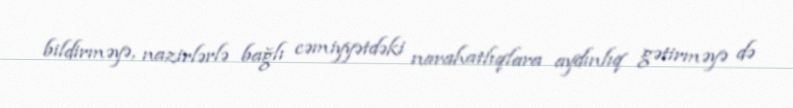
bildirməyə, nazirlərlə bağlı cəmiyyətdəki narahatlıqlara aydınlıq gətirməyə də